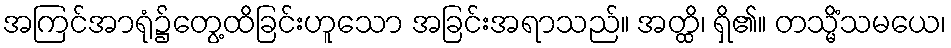
အကြင်အာရုံ၌တွေ့ထိခြင်းဟူသော အခြင်းအရာသည်။ အတ္ထိ၊ ရှိ၏။ တသ္မိံသမယေ၊